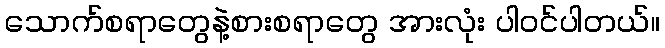
သောက်စရာတွေနဲ့စားစရာတွေ အားလုံး ပါဝင်ပါတယ်။